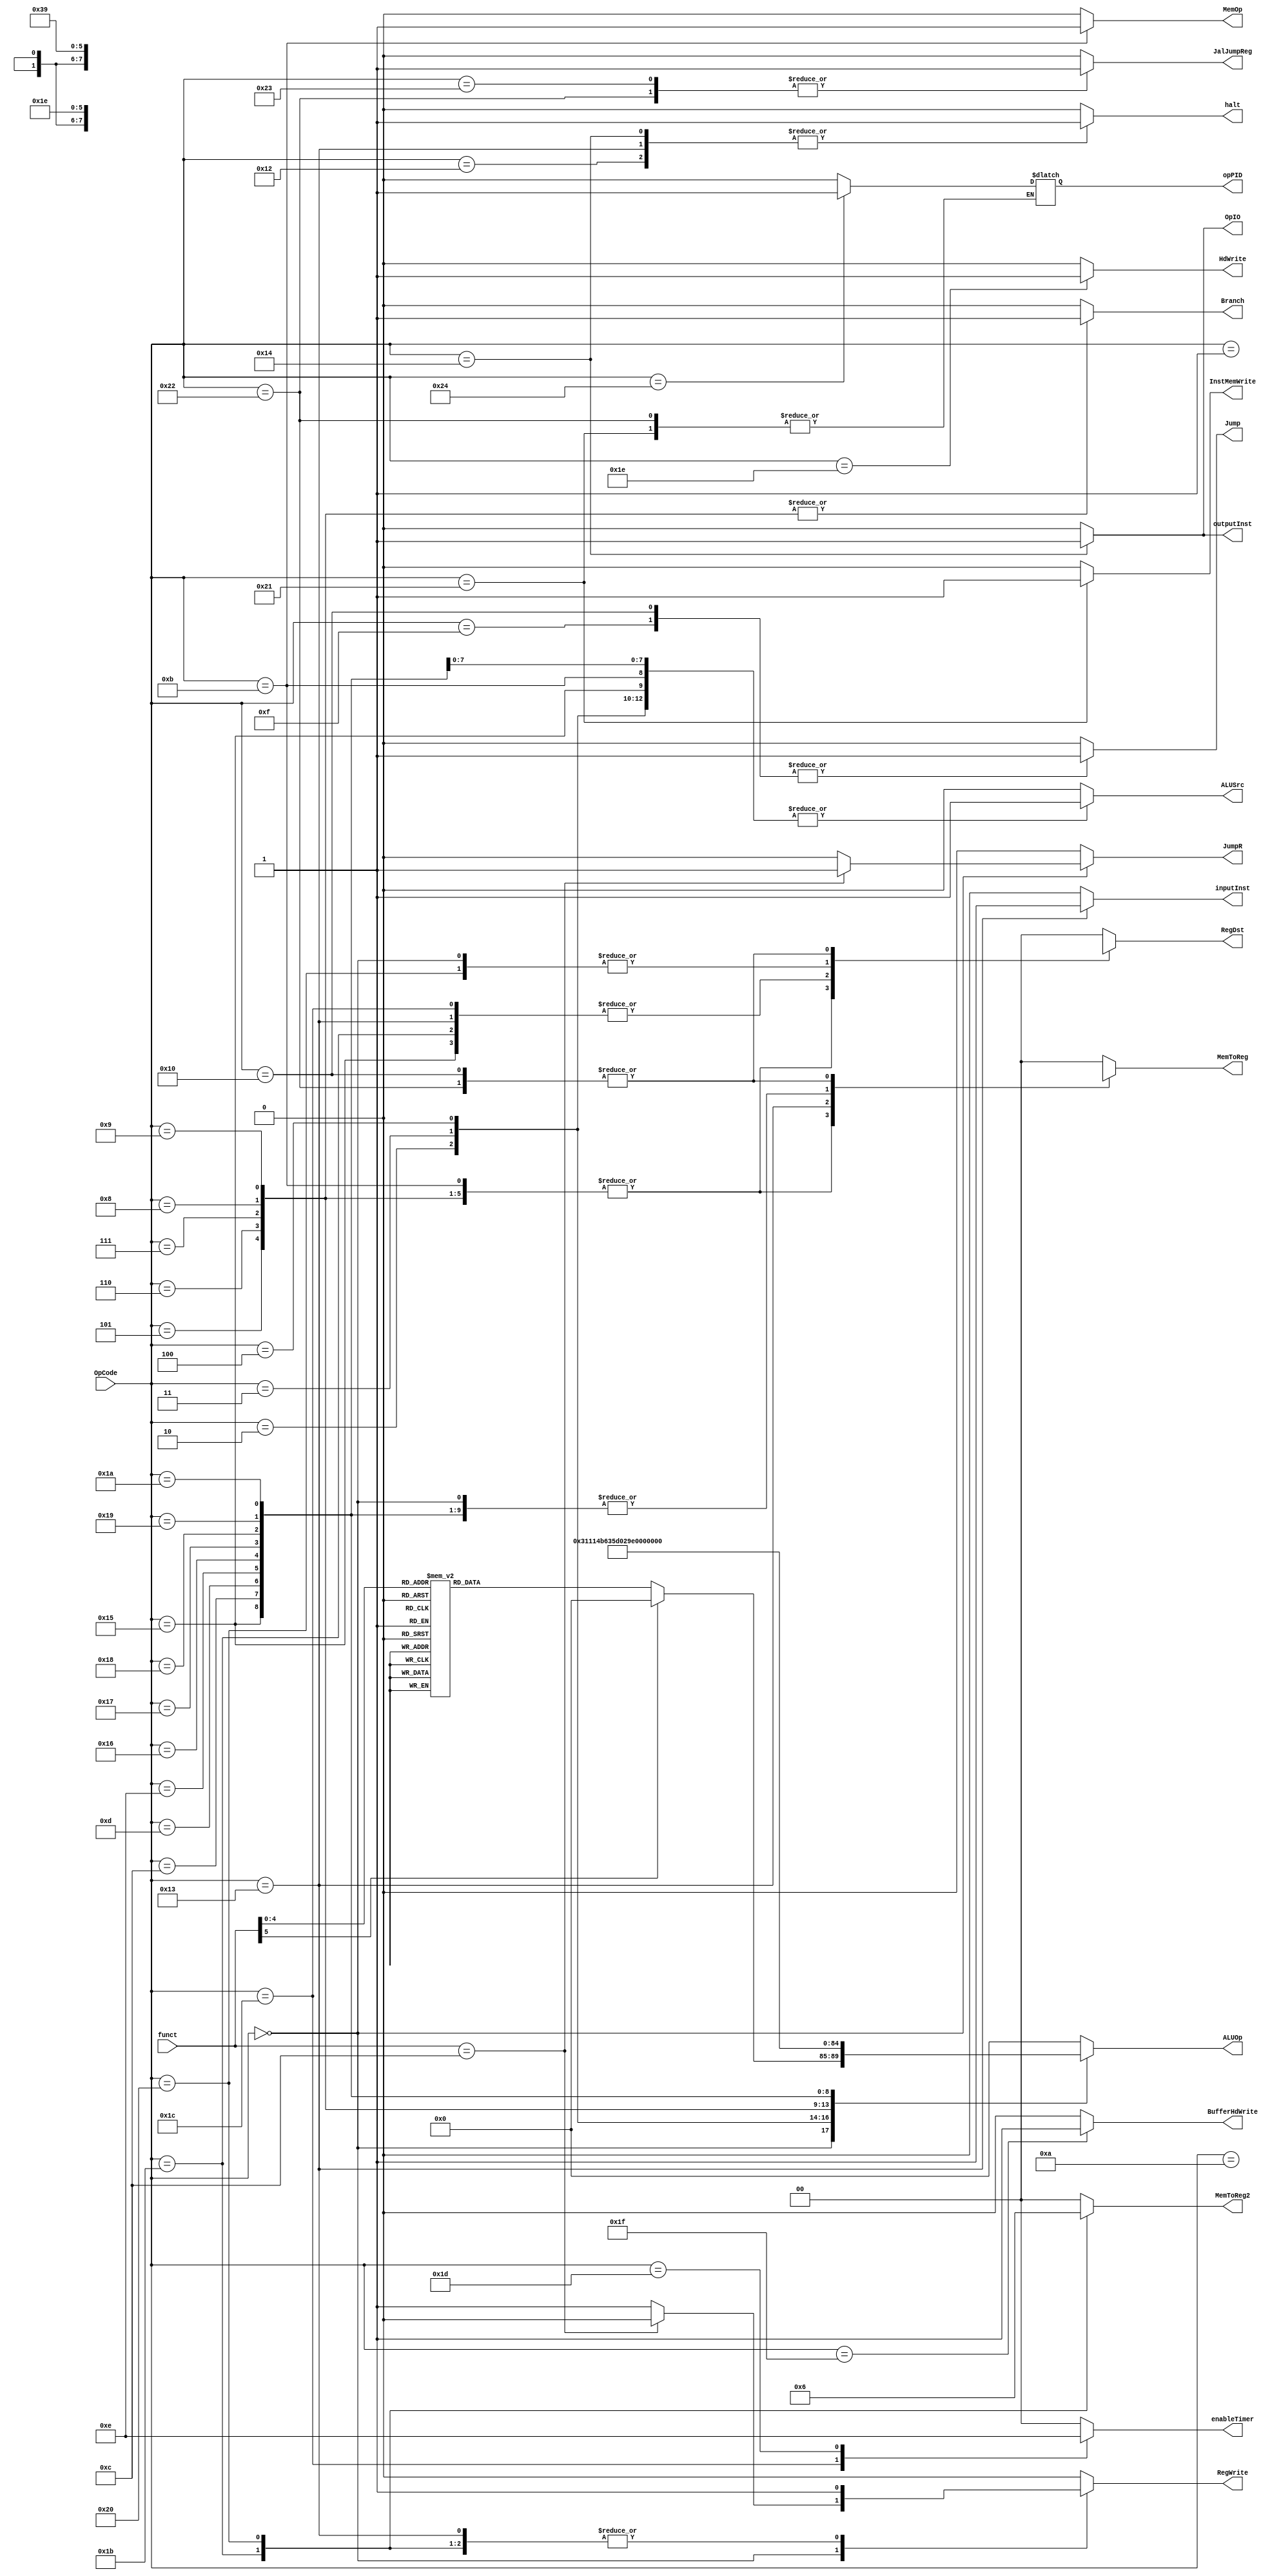
module ControlUnit(OpCode, funct, halt, RegWrite, ALUSrc, Branch, Jump, JumpR, MemOp, OpIO, RegDst, MemToReg, ALUOp, outputInst, inputInst, MemToReg2,enableTimer, HdWrite, BufferHdWrite, InstMemWrite,JalJumpReg,opPID);

input [5:0] OpCode, funct;

output reg halt, RegWrite, ALUSrc, Branch, Jump, JumpR, MemOp, OpIO, outputInst, inputInst, HdWrite, BufferHdWrite, InstMemWrite,JalJumpReg,opPID;
output reg [1:0] RegDst, MemToReg, MemToReg2, enableTimer;
output reg [4:0] ALUOp;

always@(*)
begin

	case(OpCode)
	
		6'b000000://instrues do tipo R
			begin
				halt <= 0;
				
				RegDst <= 2'b11;
				ALUSrc <= 0;
				Branch <= 0;
				Jump <= 0;
				if(funct == 6'b001100)//JR
				begin
					JumpR <=1;
					RegWrite <= 0;
				end
				else
				begin
					JumpR <=0;
					RegWrite <= 1;
				end
				MemOp <= 0;
				OpIO <= 0;
				MemToReg <= 2'b10;
				MemToReg2 <= 2'b00;
				inputInst = 0;
				outputInst = 0;
				HdWrite = 0;
				BufferHdWrite = 0;
				enableTimer <=2'b00;
				InstMemWrite <= 0;
				JalJumpReg <= 0;
				opPID <= 0;
				case(funct)
					6'b000001: ALUOp <= 5'b00000;//soma
					6'b000010: ALUOp <= 5'b00001;//sub
					6'b000011: ALUOp <= 5'b00011;//mult
					6'b000100: ALUOp <= 5'b00010;//div
					6'b000101: ALUOp <= 5'b00100;//and
					6'b000110: ALUOp <= 5'b00101;//or
					6'b000111: ALUOp <= 5'b00110;//nor
					6'b001000: ALUOp <= 5'b00111;//slt
					6'b001001: ALUOp <= 5'b01000;//sll
					6'b001010: ALUOp <= 5'b01001;//srl
					6'b001011: ALUOp <= 5'b01111;//mod
					6'b001101: ALUOp <= 5'b10001;//sgt
					6'b001110: ALUOp <= 5'b10010;//slet
					6'b001111: ALUOp <= 5'b10011;//sget
					6'b010000: ALUOp <= 5'b10100;//set
					6'b010001: ALUOp <= 5'b10101;//sdf
					default: ALUOp <= 5'b00000;
				endcase
			end
		6'b000001://addi
			begin
				halt <= 0;
				RegWrite <= 1;
				RegDst <= 2'b00;
				ALUSrc <= 1;
				Branch <= 0;
				Jump <= 0;
				JumpR <=0;
				MemOp <= 0;
				OpIO <= 0;
				MemToReg <= 2'b10;
				MemToReg2 <= 2'b00;
				ALUOp <= 5'b00000;
				inputInst = 0;
				outputInst = 0;
				HdWrite = 0;
				BufferHdWrite = 0;
				enableTimer <=2'b00;
				InstMemWrite <= 0;
				JalJumpReg <= 0;
				opPID <= 0;
			end
		6'b000010://multi
			begin
				halt <= 0;
				RegWrite <= 1;
				RegDst <= 2'b00;
				ALUSrc <= 1;
				Branch <= 0;
				Jump <= 0;
				JumpR <=0;
				MemOp <= 0;
				OpIO <= 0;
				MemToReg <= 2'b10;
				MemToReg2 <= 2'b00;
				ALUOp <= 5'b00011;
				inputInst = 0;
				outputInst = 0;
				HdWrite = 0;
				BufferHdWrite = 0;
				enableTimer <=2'b00;
				InstMemWrite <= 0;
				JalJumpReg <= 0;
				opPID <= 0;
			end
		6'b000011://divi
			begin
				halt <= 0;
				RegWrite <= 1;
				RegDst <= 2'b00;
				ALUSrc <= 1;
				Branch <= 0;
				Jump <= 0;
				JumpR <=0;
				MemOp <= 0;
				OpIO <= 0;
				MemToReg <= 2'b10;
				MemToReg2 <= 2'b00;
				ALUOp <= 5'b00010;
				inputInst = 0;
				outputInst = 0;
				HdWrite = 0;
				BufferHdWrite = 0;
				enableTimer <=2'b00;
				InstMemWrite <= 0;
				JalJumpReg <= 0;
				opPID <= 0;
			end
		6'b000100://andi
			begin
				halt <= 0;
				RegWrite <= 1;
				RegDst <= 2'b00;
				ALUSrc <= 1;
				Branch <= 0;
				Jump <= 0;
				JumpR <=0;
				MemOp <= 0;
				OpIO <= 0;
				MemToReg <= 2'b10;
				MemToReg2 <= 2'b00;
				ALUOp <= 5'b00100;
				inputInst = 0;
				outputInst = 0;
				HdWrite = 0;
				BufferHdWrite = 0;
				enableTimer <=2'b00;
				InstMemWrite <= 0;
				JalJumpReg <= 0;
				opPID <= 0;
			end
		6'b000101://bltz
			begin
				halt <= 0;
				RegWrite <= 0;
				RegDst <= 2'bXX;
				ALUSrc <= 0;
				Branch <= 1;
				Jump <= 0;
				JumpR <=0;
				MemOp <= 0;
				OpIO <= 0;
				MemToReg <= 2'bXX;
				MemToReg2 <= 2'b00;
				ALUOp <= 5'b01010;
				inputInst = 0;
				HdWrite = 0;
				BufferHdWrite = 0;
				outputInst = 0;
				enableTimer <=2'b00;
				InstMemWrite <= 0;
				JalJumpReg <= 0;
				opPID <= 0;
			end
		6'b000110://BGTZ
			begin
				halt <= 0;
				RegWrite <= 0;
				RegDst <= 2'bXX;
				ALUSrc <= 0;
				Branch <= 1;
				Jump <= 0;
				JumpR <=0;
				MemOp <= 0;
				OpIO <= 0;
				MemToReg <= 2'bXX;
				MemToReg2 <= 2'b00;
				ALUOp <= 5'b01011;
				inputInst = 0;
				HdWrite = 0;
				BufferHdWrite = 0;
				outputInst = 0;
				enableTimer <=2'b00;
				InstMemWrite <= 0;
				JalJumpReg <= 0;
				opPID <= 0;
			end
		6'b000111://BEQZ
			begin
				halt <= 0;
				RegWrite <= 0;
				RegDst <= 2'bXX;
				ALUSrc <= 0;
				Branch <= 1;
				Jump <= 0;
				JumpR <=0;
				MemOp <= 0;
				OpIO <= 0;
				MemToReg <= 2'bXX;
				MemToReg2 <= 2'b00;
				ALUOp <= 5'b01100;
				inputInst = 0;
				HdWrite = 0;
				BufferHdWrite = 0;
				outputInst = 0;
				enableTimer <=2'b00;
				InstMemWrite <= 0;
				JalJumpReg <= 0;
				opPID <= 0;
			end
		6'b001000://BEQ
			begin
				halt <= 0;
				RegWrite <= 0;
				RegDst <= 2'bXX;
				ALUSrc <= 0;
				Branch <= 1;
				Jump <= 0;
				JumpR <=0;
				MemOp <= 0;
				OpIO <= 0;
				MemToReg <= 2'bXX;
				MemToReg2 <= 2'b00;
				ALUOp <= 5'b01101;
				inputInst = 0;
				HdWrite = 0;
				BufferHdWrite = 0;
				outputInst = 0;
				enableTimer <=2'b00;
				InstMemWrite <= 0;
				JalJumpReg <= 0;
				opPID <= 0;
			end
		6'b001001://BNE
			begin
				halt <= 0;
				RegWrite <= 0;
				RegDst <= 2'bXX;
				ALUSrc <= 0;
				Branch <= 1;
				Jump <= 0;
				JumpR <=0;
				MemOp <= 0;
				OpIO <= 0;
				MemToReg <= 2'bXX;
				MemToReg2 <= 2'b00;
				ALUOp <= 5'b01110;
				inputInst = 0;
				HdWrite = 0;
				BufferHdWrite = 0;
				outputInst = 0;
				enableTimer <=2'b00;
				InstMemWrite <= 0;
				JalJumpReg <= 0;
				opPID <= 0;
			end
		6'b010101://LUI
			begin
				halt <= 0;
				RegWrite <= 1;
				RegDst <= 2'b01;
				ALUSrc <= 1;
				Branch <= 0;
				Jump <= 0;
				JumpR <=0;
				MemOp <= 0;
				OpIO <= 0;
				MemToReg <= 2'b10;
				MemToReg2 <= 2'b00;
				ALUOp <= 5'b10000;
				inputInst = 0;
				HdWrite = 0;
				BufferHdWrite = 0;
				outputInst = 0;
				enableTimer <=2'b00;
				InstMemWrite <= 0;
				JalJumpReg <= 0;
				opPID <= 0;
			end
		6'b001010://LW
			begin
				halt <= 0;
				RegWrite <= 1;
				RegDst <= 2'b00;
				ALUSrc <= 1;
				Branch <= 0;
				Jump <= 0;
				JumpR <=0;
				MemOp <= 0;
				OpIO <= 0;
				MemToReg <= 2'b00;
				MemToReg2 <= 2'b00;
				ALUOp <= 5'b00000;
				inputInst = 0;
				HdWrite = 0;
				BufferHdWrite = 0;
				outputInst = 0;
				enableTimer <=2'b00;
				InstMemWrite <= 0;
				JalJumpReg <= 0;
				opPID <= 0;
			end
		6'b001011://SW
			begin
				halt <= 0;
				RegWrite <= 0;
				RegDst <= 2'bXX;
				ALUSrc <= 1;
				Branch <= 0;
				Jump <= 0;
				JumpR <=0;
				MemOp <= 1;
				OpIO <= 0;
				MemToReg <= 2'bXX;
				MemToReg2 <= 2'b00;
				ALUOp <= 5'b00000;
				inputInst = 0;
				HdWrite = 0;
				BufferHdWrite = 0;
				outputInst = 0;
				enableTimer <=2'b00;
				InstMemWrite <= 0;
				JalJumpReg <= 0;
				opPID <= 0;
			end
		6'b001100://ORI
			begin
				halt <= 0;
				RegWrite <= 1;
				RegDst <= 2'b00;
				ALUSrc <= 1;
				Branch <= 0;
				Jump <= 0;
				JumpR <=0;
				MemOp <= 0;
				OpIO <= 0;
				MemToReg <= 2'b10;
				MemToReg2 <= 2'b00;
				ALUOp <= 5'b00101;
				inputInst = 0;
				HdWrite = 0;
				BufferHdWrite = 0;
				outputInst = 0;
				enableTimer <=2'b00;
				InstMemWrite <= 0;
				JalJumpReg <= 0;
				opPID <= 0;
			end
		6'b001101://SLTI
			begin
				halt <= 0;
				RegWrite <= 1;
				RegDst <= 2'b00;
				ALUSrc <= 1;
				Branch <= 0;
				Jump <= 0;
				JumpR <=0;
				MemOp <= 0;
				OpIO <= 0;
				MemToReg <= 2'b10;
				MemToReg2 <= 2'b00;
				ALUOp <= 5'b00111;
				inputInst = 0;
				HdWrite = 0;
				BufferHdWrite = 0;
				outputInst = 0;
				enableTimer <=2'b00;
				InstMemWrite <= 0;
				JalJumpReg <= 0;
				opPID <= 0;
			end
		6'b001110://MODI
			begin
				halt <= 0;
				RegWrite <= 1;
				RegDst <= 2'b00;
				ALUSrc <= 1;
				Branch <= 0;
				Jump <= 0;
				JumpR <=0;
				MemOp <= 0;
				OpIO <= 0;
				MemToReg <= 2'b10;
				MemToReg2 <= 2'b00;
				ALUOp <= 5'b01111;
				inputInst = 0;
				HdWrite = 0;
				BufferHdWrite = 0;
				outputInst = 0;
				enableTimer <=2'b00;
				InstMemWrite <= 0;
				JalJumpReg <= 0;
				opPID <= 0;
			end
		6'b001111://jump
			begin
				halt <= 0;
				RegWrite <= 0;
				RegDst <= 2'b00;
				ALUSrc <= 0;
				Branch <= 0;
				Jump <= 1;
				JumpR <=0;
				MemOp <= 0;
				OpIO <= 0;
				MemToReg <= 2'b00;
				MemToReg2 <= 2'b00;
				ALUOp <= 5'b00000;
				inputInst = 0;
				HdWrite = 0;
				BufferHdWrite = 0;
				outputInst = 0;
				enableTimer <=2'b00;
				InstMemWrite <= 0;
				JalJumpReg <= 0;
				opPID <= 0;
			end
		6'b010000://jal
			begin
				halt <= 0;
				RegWrite <= 1;
				RegDst <= 2'b10;
				ALUSrc <= 0;
				Branch <= 0;
				Jump <= 1;
				JumpR <=0;
				MemOp <= 0;
				OpIO <= 0;
				MemToReg <= 2'b01;
				MemToReg2 <= 2'b00;
				ALUOp <= 5'b00000;
				inputInst = 0;
				HdWrite = 0;
				BufferHdWrite = 0;
				outputInst = 0;
				enableTimer <=2'b00;
				InstMemWrite <= 0;
				JalJumpReg <= 0;
				opPID <= 0;
			end
		6'b010001://nop
			begin
				halt <= 0;
				RegWrite <= 0;
				RegDst <= 2'b00;
				ALUSrc <= 0;
				Branch <= 0;
				Jump <= 0;
				JumpR <=0;
				MemOp <= 0;
				OpIO <= 0;
				MemToReg <= 2'b00;
				MemToReg2 <= 2'b00;
				ALUOp <= 5'b00000;
				inputInst = 0;
				HdWrite = 0;
				BufferHdWrite = 0;
				outputInst = 0;
				enableTimer <=2'b00;
				InstMemWrite <= 0;
				JalJumpReg <= 0;
				opPID <= 0;
			end
		6'b010010://halt
			begin
				halt <= 1;
				RegWrite <= 0;
				RegDst <= 2'b00;
				ALUSrc <= 0;
				Branch <= 0;
				Jump <= 0;
				JumpR <=0;
				MemOp <= 0;
				OpIO <= 0;
				MemToReg <= 2'b00;
				MemToReg2 <= 2'b00;
				ALUOp <= 5'b00000;
				inputInst = 0;
				outputInst = 0;
				enableTimer <=2'b00;
				HdWrite = 0;
				BufferHdWrite = 0;
				InstMemWrite <= 0;
				JalJumpReg <= 0;
				opPID <= 0;
			end
		6'b010011://input
			begin
				halt <= 1;
				RegWrite <= 1;
				RegDst <= 2'b01;
				ALUSrc <= 0;
				Branch <= 0;
				Jump <= 0;
				JumpR <=0;
				MemOp <= 0;
				OpIO <= 0;
				MemToReg <= 2'b11;
				MemToReg2 <= 2'b00;
				ALUOp <= 5'b00000;
				inputInst = 1;
				HdWrite = 0;
				BufferHdWrite = 0;
				outputInst = 0;
				enableTimer <=2'b00;
				InstMemWrite <= 0;
				JalJumpReg <= 0;
				opPID <= 0;
			end
		6'b010100://output
			begin
				halt <= 1;
				RegWrite <= 0;
				RegDst <= 2'b00;
				ALUSrc <= 0;
				Branch <= 0;
				Jump <= 0;
				JumpR <=0;
				MemOp <= 0;
				OpIO <= 1;
				MemToReg <= 2'b00;
				MemToReg2 <= 2'b00;
				ALUOp <= 5'b00000;
				inputInst = 0;
				HdWrite = 0;
				BufferHdWrite = 0;
				outputInst = 1;
				enableTimer <=2'b00;
				InstMemWrite <= 0;
				JalJumpReg <= 0;
				opPID <= 0;
			end
		6'b010110://SGTI
			begin
				halt <= 0;
				RegWrite <= 1;
				RegDst <= 2'b00;
				ALUSrc <= 1;
				Branch <= 0;
				Jump <= 0;
				JumpR <=0;
				MemOp <= 0;
				OpIO <= 0;
				MemToReg <= 2'b10;
				MemToReg2 <= 2'b00;
				ALUOp <= 5'b10001;
				inputInst = 0;
				HdWrite = 0;
				BufferHdWrite = 0;
				outputInst = 0;
				enableTimer <=2'b00;
				InstMemWrite <= 0;
				JalJumpReg <= 0;
				opPID <= 0;
			end
		6'b010111://SLETI
			begin
				halt <= 0;
				RegWrite <= 1;
				RegDst <= 2'b00;
				ALUSrc <= 1;
				Branch <= 0;
				Jump <= 0;
				JumpR <=0;
				MemOp <= 0;
				OpIO <= 0;
				MemToReg <= 2'b10;
				MemToReg2 <= 2'b00;
				ALUOp <= 5'b10010;
				inputInst = 0;
				HdWrite = 0;
				BufferHdWrite = 0;
				outputInst = 0;
				enableTimer <=2'b00;
				InstMemWrite <= 0;
				JalJumpReg <= 0;
				opPID <= 0;
			end
		6'b011000://SGETI
			begin
				halt <= 0;
				RegWrite <= 1;
				RegDst <= 2'b00;
				ALUSrc <= 1;
				Branch <= 0;
				Jump <= 0;
				JumpR <=0;
				MemOp <= 0;
				OpIO <= 0;
				MemToReg <= 2'b10;
				MemToReg2 <= 2'b00;
				ALUOp <= 5'b10011;
				inputInst = 0;
				outputInst = 0;
				HdWrite = 0;
				BufferHdWrite = 0;
				enableTimer <=2'b00;
				InstMemWrite <= 0;
				JalJumpReg <= 0;
				opPID <= 0;
			end
		6'b011001://SETI
			begin
				halt <= 0;
				RegWrite <= 1;
				RegDst <= 2'b00;
				ALUSrc <= 1;
				Branch <= 0;
				Jump <= 0;
				JumpR <=0;
				MemOp <= 0;
				OpIO <= 0;
				MemToReg <= 2'b10;
				MemToReg2 <= 2'b00;
				ALUOp <= 5'b10100;
				inputInst = 0;
				outputInst = 0;
				HdWrite = 0;
				BufferHdWrite = 0;
				enableTimer <=2'b00;
				InstMemWrite <= 0;
				JalJumpReg <= 0;
				opPID <= 0;
			end
		6'b011010://SDTI
			begin
				halt <= 0;
				RegWrite <= 1;
				RegDst <= 2'b00;
				ALUSrc <= 1;
				Branch <= 0;
				Jump <= 0;
				JumpR <=0;
				MemOp <= 0;
				OpIO <= 0;
				MemToReg <= 2'b10;
				MemToReg2 <= 2'b00;
				ALUOp <= 5'b10101;
				inputInst = 0;
				outputInst = 0;
				HdWrite = 0;
				BufferHdWrite = 0;
				enableTimer <=2'b00;
				InstMemWrite <= 0;
				JalJumpReg <= 0;
				opPID <= 0;
			end
		6'b011011://GETPC
			begin
				halt <= 0;
				RegWrite <= 1;
				RegDst <= 2'b01;
				ALUSrc <= 0;
				Branch <= 0;
				Jump <= 0;
				JumpR <=0;
				MemOp <= 0;
				OpIO <= 0;
				MemToReg <= 2'b0;
				ALUOp <= 5'b00000;
				inputInst = 0;
				MemToReg2 <= 2'b01;
				outputInst = 0;
				HdWrite = 0;
				BufferHdWrite = 0;
				enableTimer <=2'b00;
				InstMemWrite <= 0;
				JalJumpReg <= 0;
				opPID <= 0;
			end
		6'b011100://enableTimer
			begin
				halt <= 0;
				RegWrite <= 0;
				RegDst <= 2'b01;
				ALUSrc <= 0;
				Branch <= 0;
				Jump <= 0;
				JumpR <=0;
				MemOp <= 0;
				OpIO <= 0;
				MemToReg <= 2'b0;
				ALUOp <= 5'b00000;
				inputInst = 0;
				MemToReg2 <= 2'b00;
				outputInst = 0;
				HdWrite = 0;
				BufferHdWrite = 0;
				enableTimer <=2'b11;
				InstMemWrite <= 0;
				JalJumpReg <= 0;
				opPID <= 0;
			end
		6'b011101://disableTimer
			begin
				halt <= 0;
				RegWrite <= 0;
				RegDst <= 2'b00;
				ALUSrc <= 0;
				Branch <= 0;
				Jump <= 0;
				JumpR <=0;
				MemOp <= 0;
				OpIO <= 0;
				MemToReg <= 2'b0;
				ALUOp <= 5'b00000;
				inputInst = 0;
				MemToReg2 <= 2'b00;
				outputInst = 0;
				HdWrite = 0;
				BufferHdWrite = 0;
				enableTimer <=2'b10;
				InstMemWrite <= 0;
				JalJumpReg <= 0;
				opPID <= 0;
			end
		6'b011110://BufferToHd
			begin
				halt <= 0;
				RegWrite <= 0;
				RegDst <= 2'b00;
				ALUSrc <= 0;
				Branch <= 0;
				Jump <= 0;
				JumpR <=0;
				MemOp <= 0;
				OpIO <= 0;
				MemToReg <= 2'b0;
				ALUOp <= 5'b00000;
				inputInst = 0;
				MemToReg2 <= 2'b00;
				outputInst = 0;
				HdWrite = 1;
				BufferHdWrite = 0;
				enableTimer <=2'b00;
				InstMemWrite <= 0;
				JalJumpReg <= 0;
				opPID <= 0;
			end
		6'b011111://RegToBuffer
			begin
				halt <= 0;
				RegWrite <= 0;
				RegDst <= 2'b00;
				ALUSrc <= 0;
				Branch <= 0;
				Jump <= 0;
				JumpR <=0;
				MemOp <= 0;
				OpIO <= 0;
				MemToReg <= 2'b0;
				ALUOp <= 5'b00000;
				inputInst = 0;
				MemToReg2 <= 2'b00;
				outputInst = 0;
				HdWrite = 0;
				BufferHdWrite = 1;
				enableTimer <=2'b00;
				InstMemWrite <= 0;
				JalJumpReg <= 0;
				opPID <= 0;
			end
		6'b100000://HdToReg
			begin
				halt <= 0;
				RegWrite <= 1;
				RegDst <= 2'b11;
				ALUSrc <= 0;
				Branch <= 0;
				Jump <= 0;
				JumpR <=0;
				MemOp <= 0;
				OpIO <= 0;
				MemToReg <= 2'b0;
				ALUOp <= 5'b00000;
				inputInst = 0;
				MemToReg2 <= 2'b10;
				outputInst = 0;
				HdWrite = 0;
				BufferHdWrite = 0;
				enableTimer <=2'b00;
				InstMemWrite <= 0;
				JalJumpReg <= 0;
				opPID <= 0;
			end
		6'b100001://RegToInst
			begin
				halt <= 0;
				RegWrite <= 0;
				RegDst <= 2'b00;
				ALUSrc <= 1;
				Branch <= 0;
				Jump <= 0;
				JumpR <=0;
				MemOp <= 0;
				OpIO <= 0;
				MemToReg <= 2'b0;
				ALUOp <= 5'b00000;
				inputInst = 0;
				MemToReg2 <= 2'b00;
				outputInst = 0;
				HdWrite = 0;
				BufferHdWrite = 0;
				enableTimer <=2'b00;
				InstMemWrite <= 1;
				JalJumpReg <= 0;
			end
		6'b100010://JumpAndLinkReg
			begin
				halt <= 0;
				RegWrite <= 1;
				RegDst <= 2'b10;
				ALUSrc <= 0;
				Branch <= 0;
				Jump <= 0;
				JumpR <=0;
				MemOp <= 0;
				OpIO <= 0;
				MemToReg <= 2'b01;
				MemToReg2 <= 2'b00;
				ALUOp <= 5'b00000;
				inputInst = 0;
				HdWrite = 0;
				BufferHdWrite = 0;
				outputInst = 0;
				enableTimer <=2'b00;
				InstMemWrite <= 0;
				JalJumpReg <= 1;
			end
		6'b100011://JumpReg
			begin
				halt <= 0;
				RegWrite <= 0;
				RegDst <= 2'b00;
				ALUSrc <= 0;
				Branch <= 0;
				Jump <= 0;
				JumpR <=0;
				MemOp <= 0;
				OpIO <= 0;
				MemToReg <= 2'b0;
				ALUOp <= 5'b00000;
				inputInst = 0;
				MemToReg2 <= 2'b00;
				outputInst = 0;
				HdWrite = 0;
				BufferHdWrite = 0;
				enableTimer <=2'b00;
				InstMemWrite <= 0;
				JalJumpReg <=1;
				opPID <= 0;
			end
		6'b100100://ShowPID
			begin
				halt <= 0;
				RegWrite <= 0;
				RegDst <= 2'b00;
				ALUSrc <= 0;
				Branch <= 0;
				Jump <= 0;
				JumpR <=0;
				MemOp <= 0;
				OpIO <= 0;
				MemToReg <= 2'b0;
				ALUOp <= 5'b00000;
				inputInst = 0;
				MemToReg2 <= 2'b00;
				outputInst = 0;
				HdWrite = 0;
				BufferHdWrite = 0;
				enableTimer <=2'b00;
				InstMemWrite <= 0;
				JalJumpReg <=0;
				opPID <= 1;
			end
		default:
			begin
				halt <= 0;
				RegWrite <= 0;
				RegDst <= 2'b00;
				ALUSrc <= 0;
				Branch <= 0;
				Jump <= 0;
				JumpR <=0;
				MemOp <= 0;
				OpIO <= 0;
				MemToReg <= 2'b00;
				MemToReg2 <= 2'b00;
				ALUOp <= 5'b00000;
				inputInst = 0;
				outputInst = 0;
				HdWrite = 0;
				BufferHdWrite = 0;
				enableTimer <=2'b00;
				InstMemWrite <= 0;
				JalJumpReg <= 0;
				opPID <= 0;
			end
			
	endcase
end



endmodule